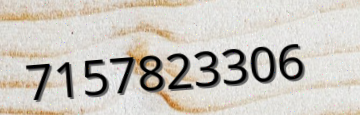
7157823306